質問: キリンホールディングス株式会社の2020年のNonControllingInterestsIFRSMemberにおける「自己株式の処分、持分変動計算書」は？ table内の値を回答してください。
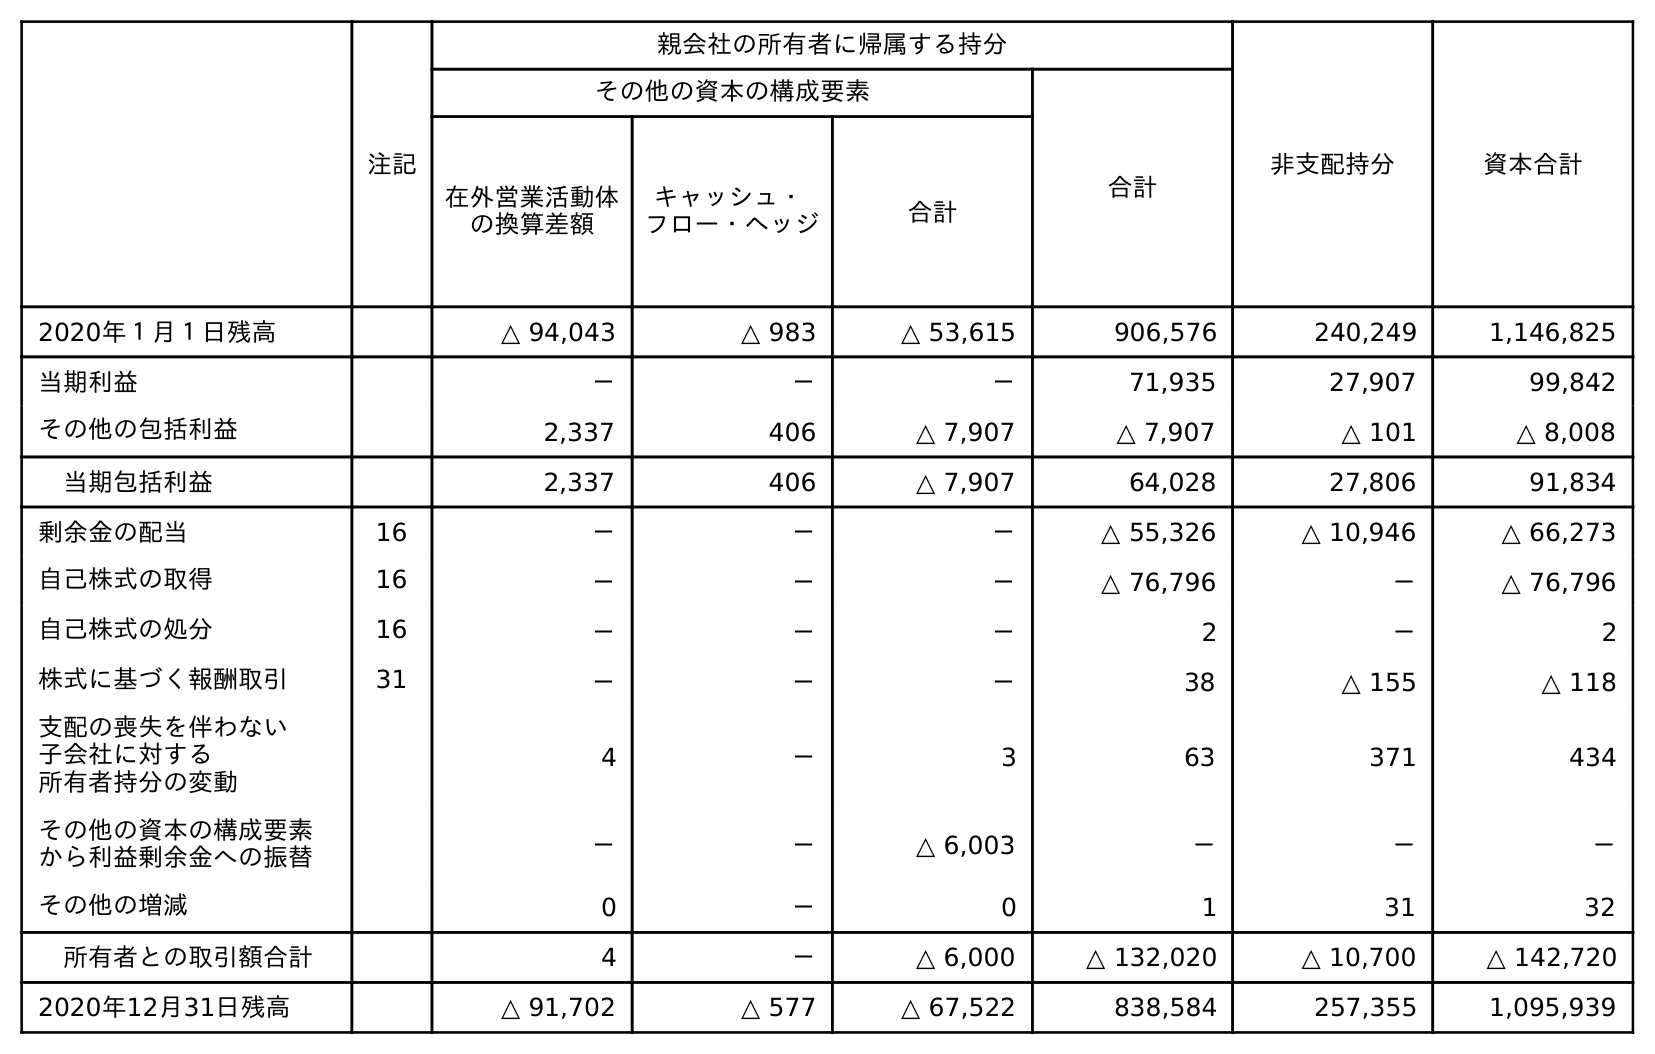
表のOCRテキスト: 注記 親会社の所有者に帰属する持分 非支配持分 資本合計 その他の資本の構成要素 合計 在外営業活動体 の換算差額 キャッシュ・ フロー・ヘッジ 合計 2020年１月１日残高 △ 94,043 △ 983 △ 53,615 906,576 240,249 1,146,825 当期利益 － － － 71,935 27,907 99,842 その他の包括利益 2,337 406 △ 7,907 △ 7,907 △ 101 △ 8,008 当期包括利益 2,337 406 △ 7,907 64,028 27,806 91,834 剰余金の配当 16 － － － △ 55,326 △ 10,946 △ 66,273 自己株式の取得 16 － － － △ 76,796 － △ 76,796 自己株式の処分 16 － － － 2 － 2 株式に基づく報酬取引 31 － － － 38 △ 155 △ 118 支配の喪失を伴わない 子会社に対する 所有者持分の変動 4 － 3 63 371 434 その他の資本の構成要素 から利益剰余金への振替 － － △ 6,003 － － － その他の増減 0 － 0 1 31 32 所有者との取引額合計 4 － △ 6,000 △ 132,020 △ 10,700 △ 142,720 2020年12月31日残高 △ 91,702 △ 577 △ 67,522 838,584 257,355 1,095,939
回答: －